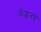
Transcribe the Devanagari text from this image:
फॅशनचे